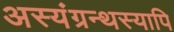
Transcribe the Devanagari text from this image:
अस्यंग्रन्थस्यापि